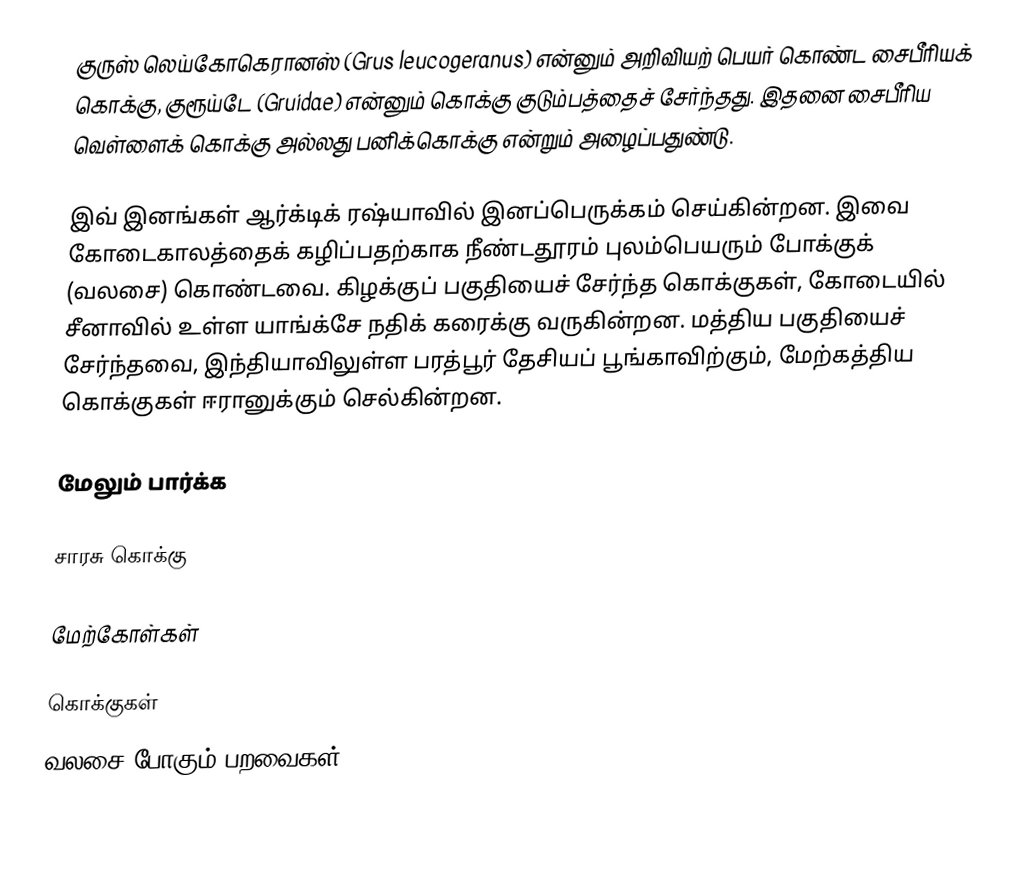
குருஸ் லெய்கோகெரானஸ் (Grus leucogeranus) என்னும் அறிவியற் பெயர் கொண்ட சைபீரியக் கொக்கு, குரூய்டே (Gruidae) என்னும் கொக்கு குடும்பத்தைச் சேர்ந்தது. இதனை சைபீரிய வெள்ளைக் கொக்கு அல்லது பனிக்கொக்கு என்றும் அழைப்பதுண்டு.

இவ் இனங்கள் ஆர்க்டிக் ரஷ்யாவில் இனப்பெருக்கம் செய்கின்றன. இவை கோடைகாலத்தைக் கழிப்பதற்காக நீண்டதூரம் புலம்பெயரும் போக்குக் (வலசை) கொண்டவை. கிழக்குப் பகுதியைச் சேர்ந்த கொக்குகள், கோடையில் சீனாவில் உள்ள யாங்க்சே நதிக் கரைக்கு வருகின்றன. மத்திய பகுதியைச் சேர்ந்தவை, இந்தியாவிலுள்ள பரத்பூர் தேசியப் பூங்காவிற்கும், மேற்கத்திய கொக்குகள் ஈரானுக்கும் செல்கின்றன.

மேலும் பார்க்க

 சாரசு கொக்கு

மேற்கோள்கள்

கொக்குகள்
வலசை போகும் பறவைகள்